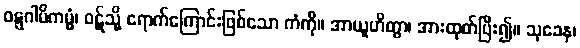
ဝဋ္ဋဂါမိကမ္မံ၊ ဝဋ်သို့ ရောက်ကြောင်းဖြစ်သော ကံကို။ အာယူဟိတွာ၊ အားထုတ်ပြီး၍။ သုခေန၊